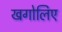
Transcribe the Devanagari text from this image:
खगोलिए